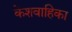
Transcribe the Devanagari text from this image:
केशवाहिका